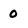
Character: 0